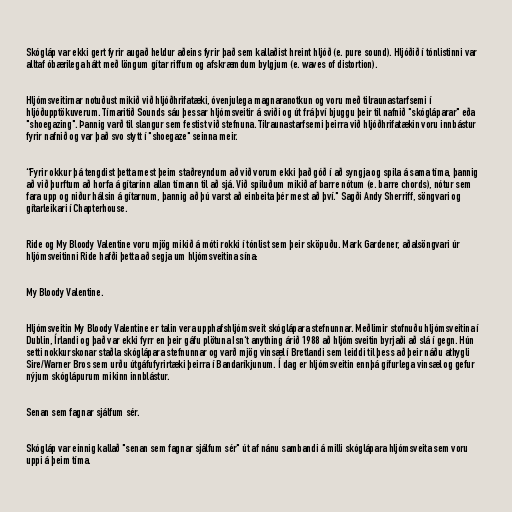
Skógláp var ekki gert fyrir augað heldur aðeins fyrir það sem kallaðist hreint hljóð (e. pure sound). Hljóðið í tónlistinni var
alltaf óbærilega hátt með löngum gítar riffum og afskræmdum bylgjum (e. waves of distortion).

Hljómsveitirnar notuðust mikið við hljóðhrifatæki, óvenjulega magnaranotkun og voru með tilraunastarfsemi í
hljóðupptökuverum. Tímaritið Sounds sáu þessar hljómsveitir á sviði og út frá því bjuggu þeir til nafnið "skógláparar" eða
"shoegazing". Þannig varð til slangur sem festist við stefnuna. Tilraunastarfsemi þeirra við hljóðhrifatækin voru innbástur
fyrir nafnið og var það svo stytt í "shoegaze" seinna meir.

“Fyrir okkur þá tengdist þetta mest þeim staðreyndum að við vorum ekki það góð í að syngja og spila á sama tíma, þannig
að við þurftum að horfa á gítarinn allan tímann til að sjá. Við spiluðum mikið af barre nótum (e. barre chords), nótur sem
fara upp og niður hálsin á gítarnum, þannig að þú varst að einbeita þér mest að því." Sagði Andy Sherriff, söngvari og
gítarleikari í Chapterhouse.

Ride og My Bloody Valentine voru mjög mikið á móti rokki í tónlist sem þeir sköpuðu. Mark Gardener, aðalsöngvari úr
hljómsveitinni Ride hafði þetta að segja um hljómsveitina sína:

My Bloody Valentine.

Hljómsveitin My Bloody Valentine er talin vera upphafshljómsveit skóglápara stefnunnar. Meðlimir stofnuðu hljómsveitina í
Dublin, Írlandi og það var ekki fyrr en þeir gáfu plötuna Isn‘t anything árið 1988 að hljómsveitin byrjaði að slá í gegn. Hún
setti nokkurskonar staðla skóglápara stefnunnar og varð mjög vinsæl í Bretlandi sem leiddi til þess að þeir náðu athygli
Sire/Warner Bros sem urðu útgáfufyrirtæki þeirra í Bandaríkjunum. Í dag er hljómsveitin ennþá gífurlega vinsæl og gefur
nýjum skóglápurum mikinn innblástur.

Senan sem fagnar sjálfum sér.

Skógláp var einnig kallað "senan sem fagnar sjálfum sér" út af nánu sambandi á milli skóglápara hljómsveita sem voru
uppi á þeim tíma.